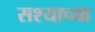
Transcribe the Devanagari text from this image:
सश्याच्या